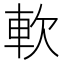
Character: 軟